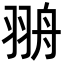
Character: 𦐩